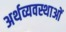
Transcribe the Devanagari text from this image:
अर्थव्यवस्थाआें